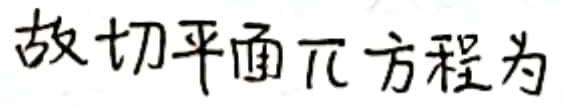
故切平面$\pi$方程为